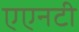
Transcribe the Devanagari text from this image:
एएनटी